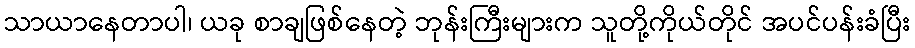
သာယာနေတာပါ၊ ယခု စာချဖြစ်နေတဲ့ ဘုန်းကြီးများက သူတို့ကိုယ်တိုင် အပင်ပန်းခံပြီး